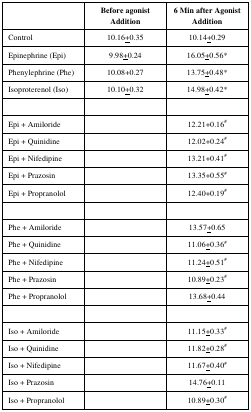
|  | Before agonistAddition | 6 Min after Agonist Addition |
 | --- | --- | --- |
 | Control | 10.16±0.35 | 10.14±0.29 |
 | Epinephrine (Epi) | 9.98±0.24 | 16.05±0.56* |
 | Phenylephrine (Phe) | 10.08±0.27 | 13.75±0.48* |
 | Isoproterenol (Iso) | 10.10±0.32 | 14.98±0.42* |
 |  |  |  |
 | Epi ± Amiloride |  | 12.21±0.16# |
 | Epi ± Quinidine | 12.02±0.24# |
 | Epi ± Nifedipine |  | 13.21±0.41# |
 | Epi ± Prazosin |  | 13.35±0.55# |
 | Epi ± Propranolol |  | 12.40±0.19# |
 |  |  |  |
 | Phe ± Amiloride |  | 13.57±0.65 |
 | Phe ± Quinidine |  | 11.06±0.36# |
 | Phe ± Nifedipine |  | 11.24±0.51# |
 | Phe ± Prazosin |  | 10.89±0.23# |
 | Phe ± Propranolol |  | 13.68±0.44 |
 |  |  |  |
 | Iso ± Amiloride |  | 11.15±0.33# |
 | Iso ± Quinidine |  | 11.82±0.28# |
 | Iso ± Nifedipine |  | 11.67±0.40# |
 | Iso ± Prazosin |  | 14.76±0.11 |
 | Iso ± Propranolol |  | 10.89±0.30# |